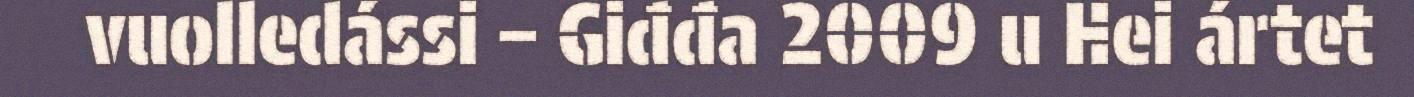
vuolledássi – Giđđa 2009 u Hei ártet